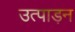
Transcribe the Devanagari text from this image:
उत्पाड़न